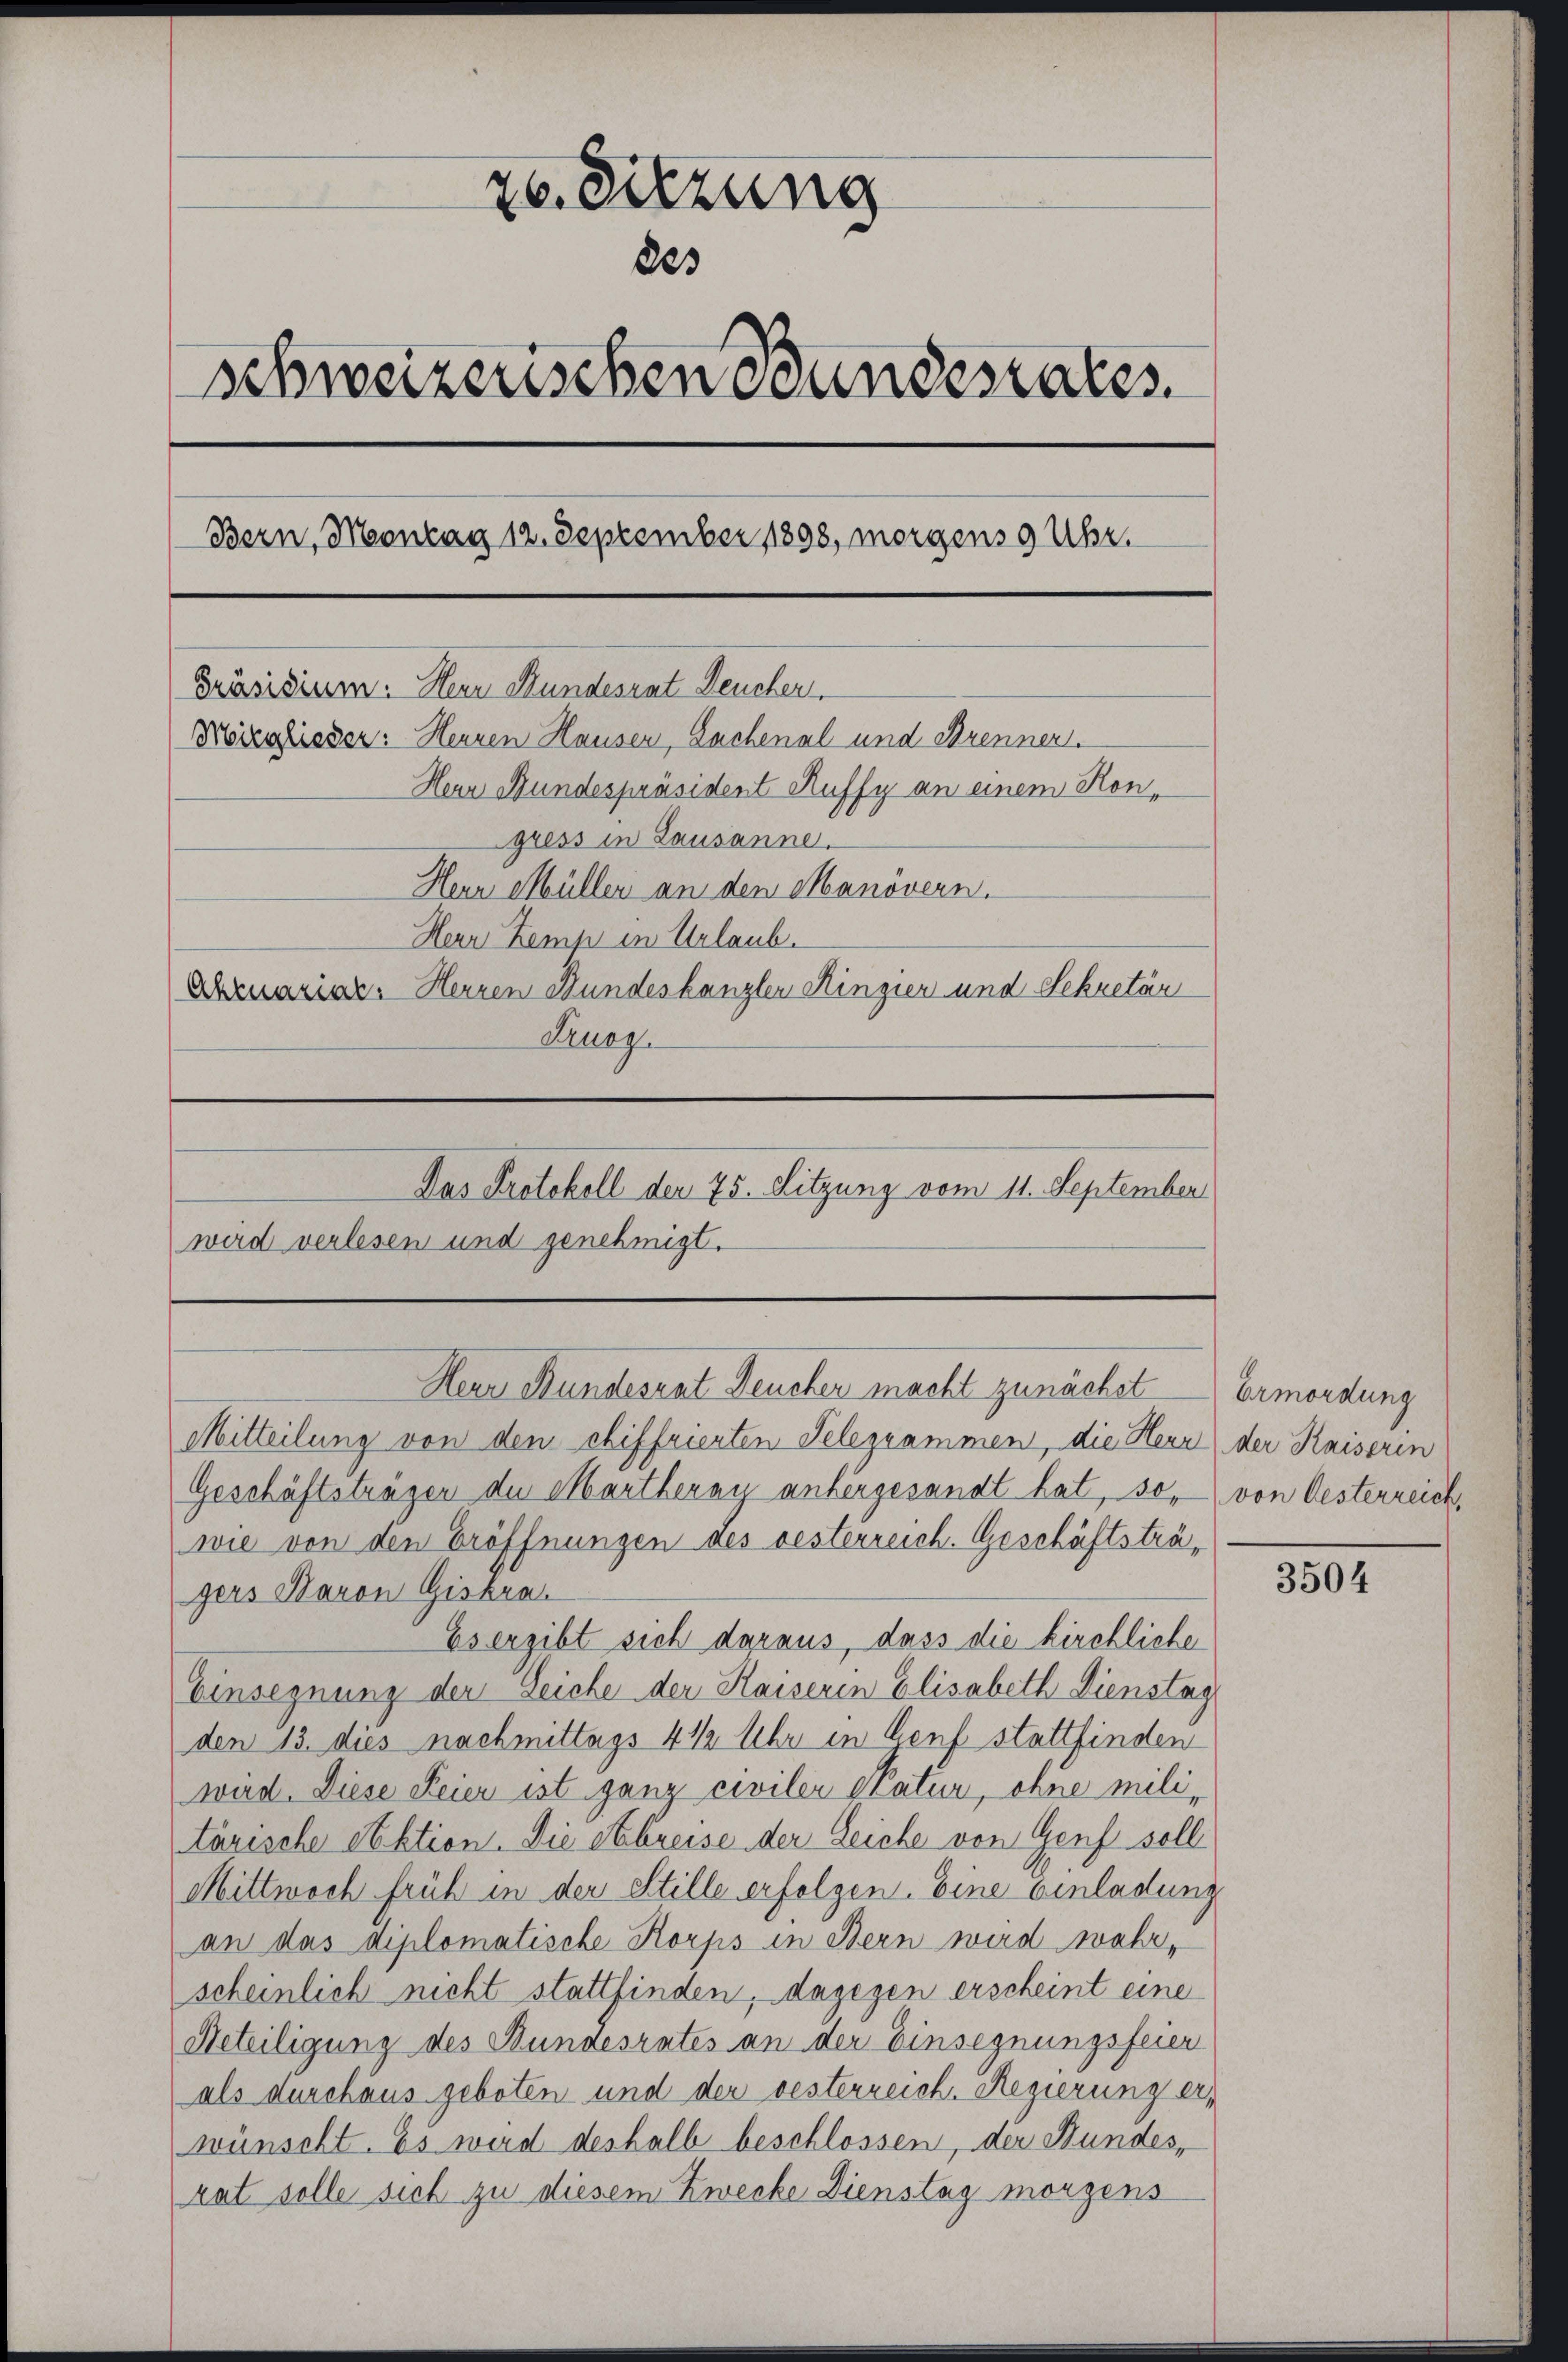
26. Sitzung
des
Schweizerischen Bundesrates.
Bern, Montag 12. September 1898, morgens 9 Uhr.
Präsidium. Herr Stundesrat Deucher
Mörzglieder: Herren Hausen, Sachenal und Strenner.
Herr Bundespräsident Auffy an einem Kongress in Lausanne.
Herr Müller an den Manövern.
Herr Zemp in Urlaub.
Abruarial. Herren Bundeskanzler Ringier und Sekretär
Frurg
Das Protokoll der 75. Sitzung vom 11. September
wird verlesen und genehmigt.

Herr Stundesrat Deucher macht zunächst

Mitteilung von den chiffrierten Telegrammen, die Herr der Kaiserin
Geschäftsträgen der Martherau anhergesandt hat, so von Oesterreich,
wie von den Eröffnungen des oesterreich. Geschäftsträgers Baron Giskra
Es ergibt sich daraus, dass die kirchliche
Einsegnung der Leiche der Kaiseren Elisabeth Dienstag
den 13. dies nachmittags 4 ½ Uhr in Genf stattfinden
wird. Diese Feier ist ganz civiler Natur, ohne militarische Obktion. Die et breise der Zeiche von Genf soll
Mittwoch früh in der Stille erfolgen. Eine Einladung
an das diplomatische Korps in Bern wird wahr,
scheinlich nicht stattfinden, dagegen erscheint eine
Beteiligung des Bundesrates an der Einsegnungsfeier
als durchaus geboten und der oesterreich. Regierung erwünscht. Es wird deshalb beschlossen, der Bundes,
rat solle sich zu diesem Zwecke Dienstag morgens

Ermordung

3504